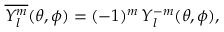
\overline { { Y _ { l } ^ { m } } } ( \theta , \phi ) = ( - 1 ) ^ { m } \, Y _ { l } ^ { - m } ( \theta , \phi ) ,